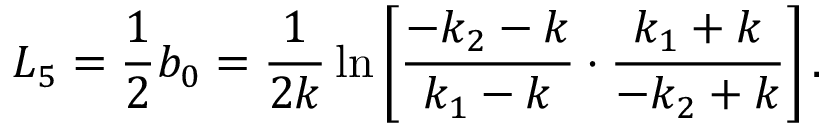
L _ { 5 } = \frac { 1 } { 2 } b _ { 0 } = \frac { 1 } { 2 k } \ln \left[ \frac { - k _ { 2 } - k } { k _ { 1 } - k } \cdot \frac { k _ { 1 } + k } { - k _ { 2 } + k } \right] .